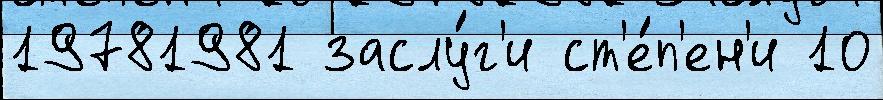
19781981 заслу́г'и ст'е́п'ен'и 10